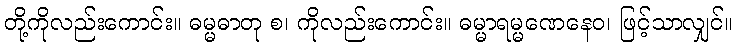
တို့ကိုလည်းကောင်း။ ဓမ္မဓာတု စ၊ ကိုလည်းကောင်း။ ဓမ္မာရမ္မဏေနေဝ၊ ဖြင့်သာလျှင်။